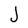
Character: J